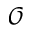
\mathcal { O }